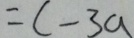
= c - 3 a